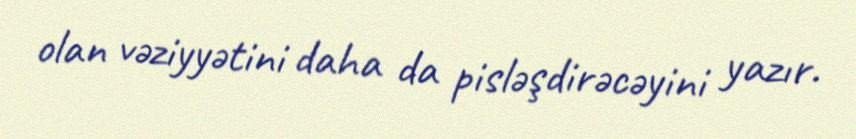
olan vəziyyətini daha da pisləşdirəcəyini yazır.